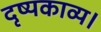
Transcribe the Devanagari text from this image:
दृष्यकाव्य।